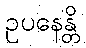
ဥပနေန္တိ